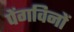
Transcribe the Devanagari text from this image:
पेंगविनों